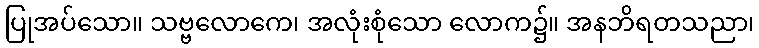
ပြုအပ်သော။ သဗ္ဗလောကေ၊ အလုံးစုံသော လောက၌။ အနဘိရတသညာ၊